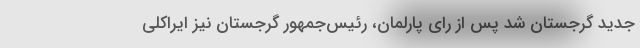
جدید گرجستان شد پس از رای پارلمان، رئیس‌جمهور گرجستان نیز ایراکلی